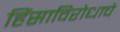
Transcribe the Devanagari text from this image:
हिंसाविरोधाचे